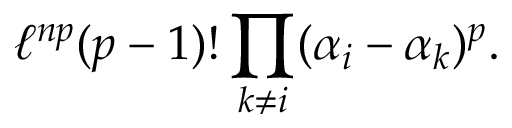
\ell ^ { n p } ( p - 1 ) ! \prod _ { k \neq i } ( \alpha _ { i } - \alpha _ { k } ) ^ { p } .